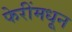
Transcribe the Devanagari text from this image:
फेरींमधून